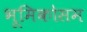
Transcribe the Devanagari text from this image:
भूमिकोसम